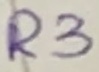
Text: R3